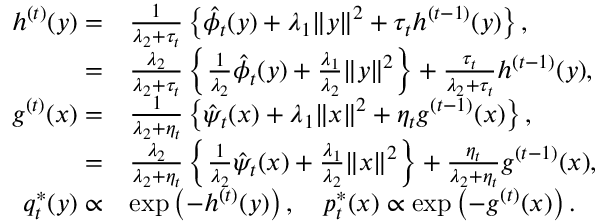
\begin{array} { r l } { h ^ { ( t ) } ( y ) = } & { \frac { 1 } { \lambda _ { 2 } + \tau _ { t } } \left\{ \hat { \phi } _ { t } ( y ) + \lambda _ { 1 } \| y \| ^ { 2 } + \tau _ { t } h ^ { ( t - 1 ) } ( y ) \right\} , } \\ { = } & { \frac { \lambda _ { 2 } } { \lambda _ { 2 } + \tau _ { t } } \left\{ \frac { 1 } { \lambda _ { 2 } } \hat { \phi } _ { t } ( y ) + \frac { \lambda _ { 1 } } { \lambda _ { 2 } } \| y \| ^ { 2 } \right\} + \frac { \tau _ { t } } { \lambda _ { 2 } + \tau _ { t } } h ^ { ( t - 1 ) } ( y ) , } \\ { g ^ { ( t ) } ( x ) = } & { \frac { 1 } { \lambda _ { 2 } + \eta _ { t } } \left\{ \hat { \psi } _ { t } ( x ) + \lambda _ { 1 } \| x \| ^ { 2 } + \eta _ { t } g ^ { ( t - 1 ) } ( x ) \right\} , } \\ { = } & { \frac { \lambda _ { 2 } } { \lambda _ { 2 } + \eta _ { t } } \left\{ \frac { 1 } { \lambda _ { 2 } } \hat { \psi } _ { t } ( x ) + \frac { \lambda _ { 1 } } { \lambda _ { 2 } } \| x \| ^ { 2 } \right\} + \frac { \eta _ { t } } { \lambda _ { 2 } + \eta _ { t } } g ^ { ( t - 1 ) } ( x ) , } \\ { q _ { t } ^ { * } ( y ) \propto } & { \exp \left( - h ^ { ( t ) } ( y ) \right) , \quad p _ { t } ^ { * } ( x ) \propto \exp \left( - g ^ { ( t ) } ( x ) \right) . } \end{array}